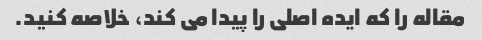
مقاله را که ایده اصلی را پیدا می کند، خلاصه کنید.